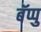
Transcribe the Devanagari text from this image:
बॅप्पु